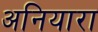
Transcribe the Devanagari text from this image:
अनियारा